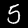
Digit: 5